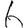
Digit: 6